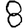
Digit: 8